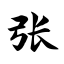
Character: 张